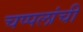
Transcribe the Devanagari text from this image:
चप्पलांची